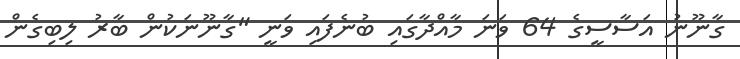
ގާނޫނު އަސާސީގެ 64 ވަނަ މާއްދާގައި ބުނެފައި ވަނީ "ގާނޫނަކުން ބާރު ލިބިގެން